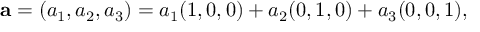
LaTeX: \mathbf { a } = ( a _ { 1 } , a _ { 2 } , a _ { 3 } ) = a _ { 1 } ( 1 , 0 , 0 ) + a _ { 2 } ( 0 , 1 , 0 ) + a _ { 3 } ( 0 , 0 , 1 ) ,